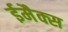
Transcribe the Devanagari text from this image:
ईमैक्स